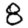
Digit: 8